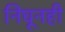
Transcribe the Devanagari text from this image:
निघूनही